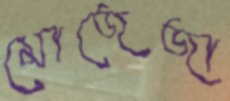
মোজেজা